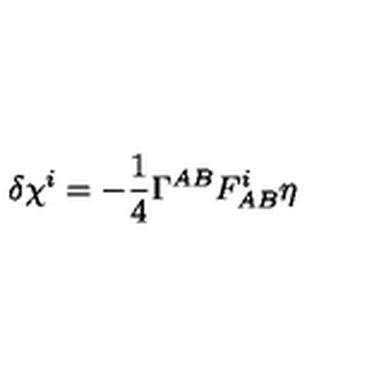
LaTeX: \delta \chi ^ { i } = - { \frac { 1 } { 4 } } \Gamma ^ { A B } F _ { A B } ^ { i } \eta